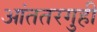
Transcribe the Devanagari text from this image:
आंततरगुही